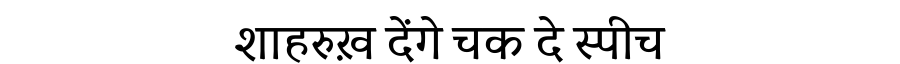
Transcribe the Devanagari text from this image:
शाहरुख़ देंगे चक दे स्पीच